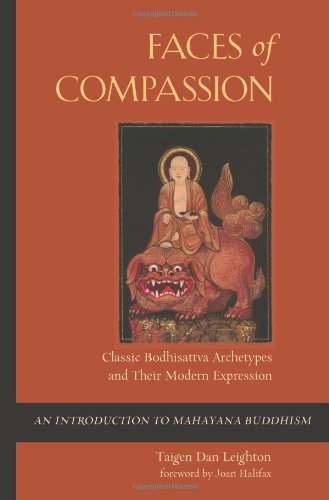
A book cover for Faces of Compassion: Classic Bodhisattva Archetypes and Their Modern Expression  An Introduction to Mahayana Buddhism; Taigen Dan Leighton; Arts & Photography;